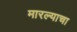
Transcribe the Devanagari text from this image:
मारल्याचा